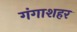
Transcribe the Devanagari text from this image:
गंगाशहर